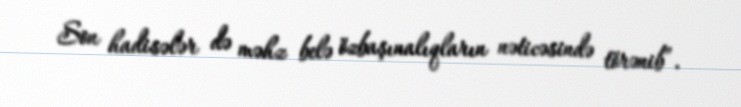
Son hadisələr də məhz belə özbaşınalıqların nəticəsində törənib”.